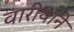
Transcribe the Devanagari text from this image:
वारीयाने